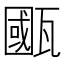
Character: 𤮋